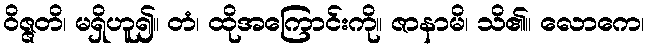
ဝိဇ္ဇတိ၊ မရှိဟူ၍။ တံ၊ ထိုအကြောင်းကို။ ဇာနာမိ၊ သိ၏။ လောကေ၊